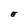
Character: E